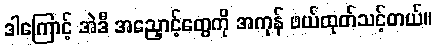
ဒါကြောင့် အဲဒီ အညှောင့်တွေကို အကုန် ဖယ်ထုတ်သင့်တယ်။